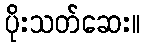
ပိုးသတ်ဆေး။